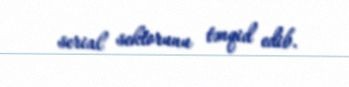
serial sektorunu tənqid edib.